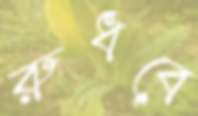
রুধবে